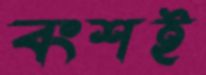
বংশই